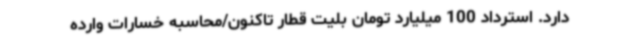
دارد. استرداد 100 میلیارد تومان بلیت قطار تاکنون/محاسبه خسارات وارده